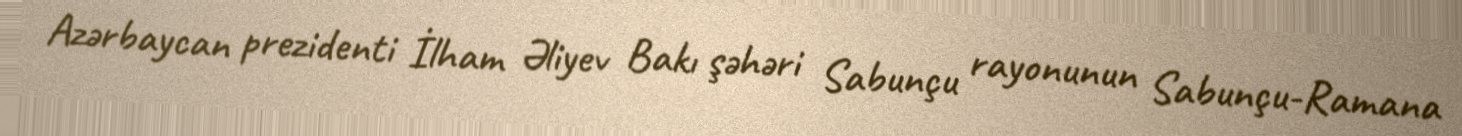
Azərbaycan prezidenti İlham Əliyev Bakı şəhəri Sabunçu rayonunun Sabunçu-Ramana